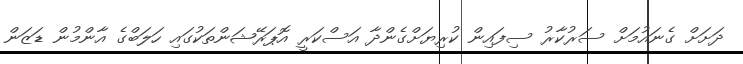
ދަށަށް ގެނައުމަށް ސަރުކާރު ސިފައިން ކުރިޔަށްގެންދާ އަސްކަރީ އޮޕަރޭޝަންތަކުގައި ހަލަބްގެ އާންމުން ޑަޒަން